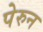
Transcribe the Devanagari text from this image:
पेरुन